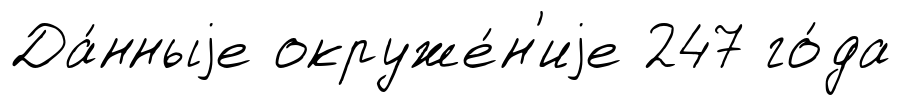
Да́нныjе окруже́н'иjе 247 го́да